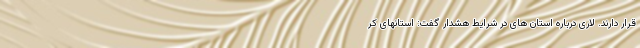
قرار دارند. لاری درباره استان های در شرایط هشدار گفت: استانهای کر